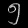
Digit: ၅